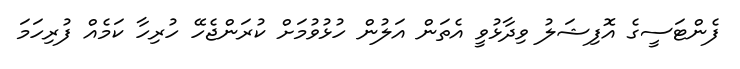
ފެންޓަސީގެ އޮފިޝަލު ވިދާޅުވީ އެތަން އަލުން ހުޅުވުމަށް ކުރަންޖެހޭ ހުރިހާ ކަމެއް ފުރިހަމަ